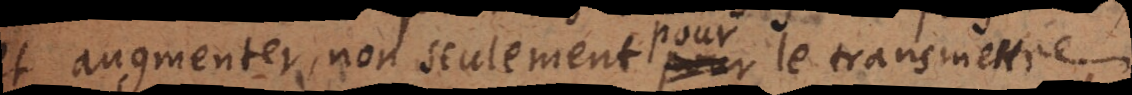
et augmenter, non seulement pour le transmettre